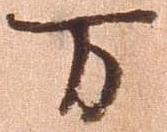
万